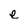
Character: e